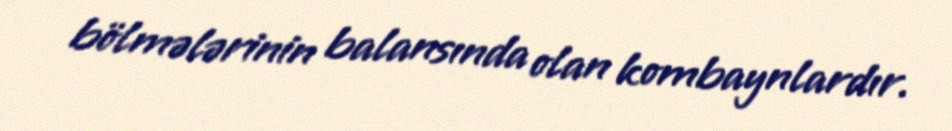
bölmələrinin balansında olan kombaynlardır.